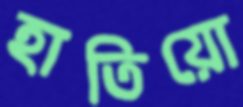
হাতিয়ো